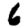
Digit: 6